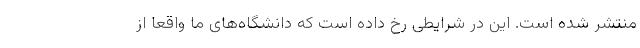
منتشر شده است. این در شرایطی رخ داده است که دانشگاه‌های ما واقعا از